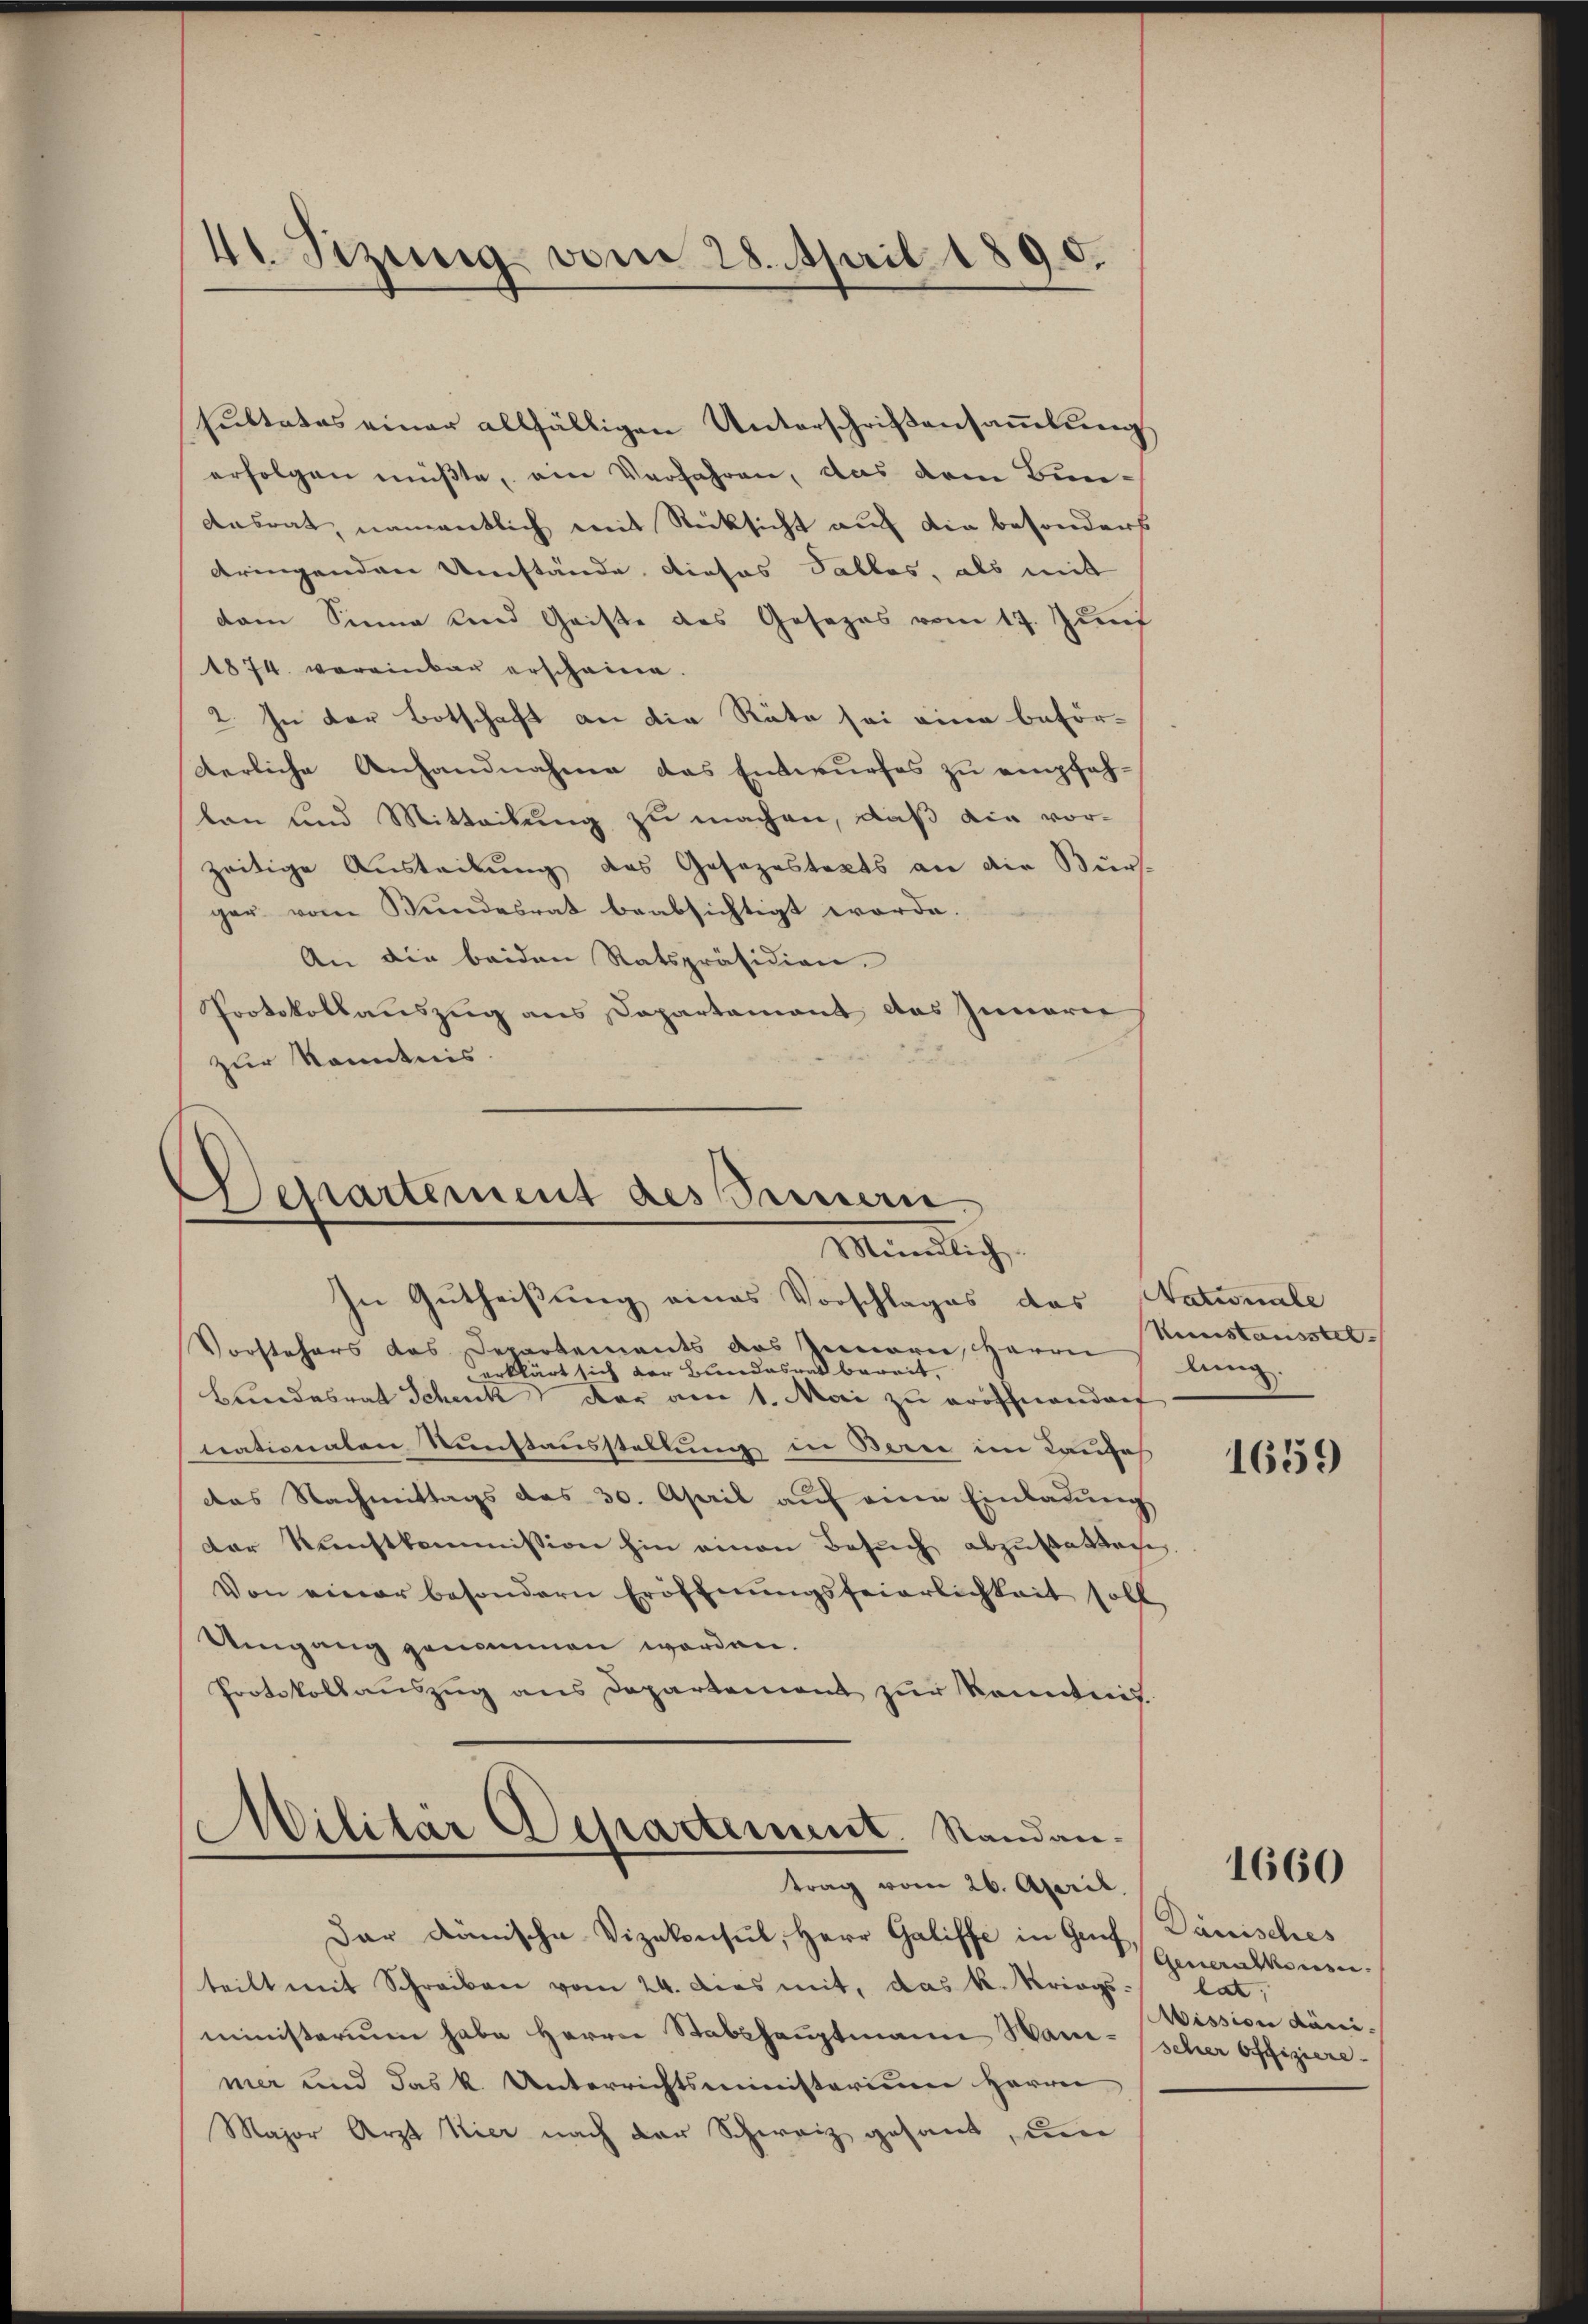
41. Sizung vom 28. April 1890.

sultates einer allfälligen Unterschriftensammlung
erfolgen müßte, ein Verfahren, das dem Bun¬
Ansrat, namentlich mit Rücksicht auf die besonders
dringenden Umstände, dieses Salles, als mit
dem Sinne und Geiste des Gesezes vom 17. Juni
1874. voreinbar erscheine.
2. In der Botschaft an die Räte sei eine beförderliche Anhandnahme das Entwurfes zu empfehlan und Mitteilung zu machen, daß die vorzeitige Austribung das Gesezestaats an die Burs-
ger vom Bundesrat beabsichtigt worde.
An die beiden Ratspräsidien.
Protokollauszug aus Departament das Innerer
zur Kenntnis.

Departement des Sammern
Mündlich,

trag vom 26. April.

In Gutheißung eines Vorschlages das
Vorstehers das Departements des Innern, Herrn
erklärt sich der Bundesrath bereit,
Bundesrat Schenk der am 1. Mai zu eröffnendorf
nationalen Sunstausstellung in Berne im Kaufes
das Nachmittags das 30. April auf eine Einladung
dor Kunstkommission hin einen Besuch abzustattacht.
Von einer besondern Eröffnŭngsfeierlichkeit soll
Umgang genommen worden.
Protokollauszug aus Departement zur Kenntnis.
1
Militar Departement. Standan-

Dar Dänische Vizekonsul, Herr Galiffe in Genf, Dänisches
teilt mit Schreiben vom 24. Dies mit, das k. Kriegsministerium habe Herrn Stabshauptmann Wanischer Offiziere
mer und das k. Unterrichtsministerium Herren
Major Arzt hier nach der Schweiz gesant, um

Nationale
Neustausstel
lung.

1659

1660

Generalkonsen.
lat,
Mission dami